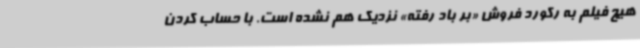
هیچ فیلم به رکورد فروش «بر باد رفته» نزدیک هم نشده است. با حساب کردن